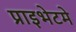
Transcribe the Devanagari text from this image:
प्राइभेटमे